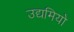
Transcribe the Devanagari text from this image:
उद्यमियो